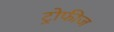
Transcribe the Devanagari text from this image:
ट्रोफीज